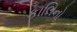
કાલિનો